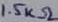
Text: 1.5kΩ